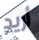
أريد